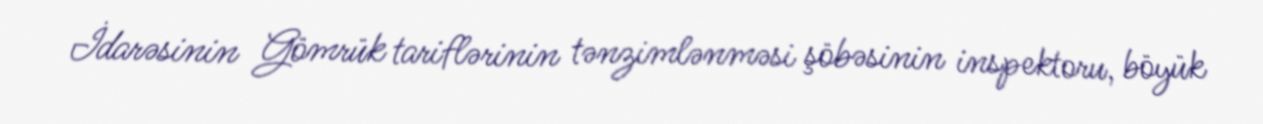
İdarəsinin Gömrük tariflərinin tənzimlənməsi şöbəsinin inspektoru, böyük